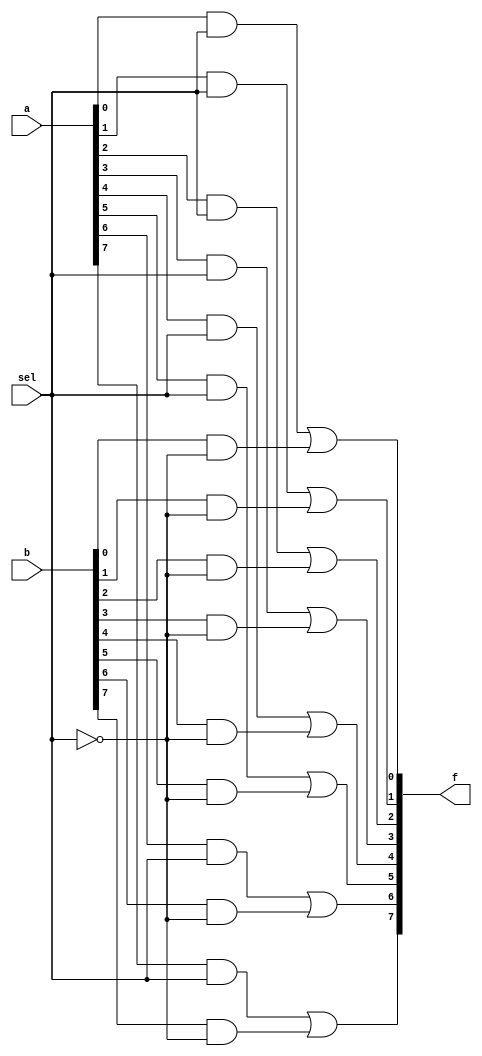
`timescale 1ns / 1ps
//////////////////////////////////////////////////////////////////////////////////
// Company: 
// Engineer: 
// 
// Design Name: 
// Module Name: Mux_8bits
// Project Name: 
// Target Devices: 
// Tool Versions: 
// Description: 
// 
// Dependencies: 
// 
// Revision:
// Revision 0.01 - File Created
// Additional Comments:
// 
//////////////////////////////////////////////////////////////////////////////////


module Mux_8bits (a, b, sel, f);
input [8-1:0] a, b;
input sel;
output [8-1:0] f;

wire b1[7:0], b2[7:0];

and(b1[0], a[0], sel);
and(b2[0], b[0], ~sel);
or(f[0], b1[0], b2[0]);

and(b1[1], a[1], sel);
and(b2[1], b[1], ~sel);
or(f[1], b1[1], b2[1]);

and(b1[2], a[2], sel);
and(b2[2], b[2], ~sel);
or(f[2], b1[2], b2[2]);

and(b1[3], a[3], sel);
and(b2[3], b[3], ~sel);
or(f[3], b1[3], b2[3]);

and(b1[4], a[4], sel);
and(b2[4], b[4], ~sel);
or(f[4], b1[4], b2[4]);

and(b1[5], a[5], sel);
and(b2[5], b[5], ~sel);
or(f[5], b1[5], b2[5]);

and(b1[6], a[6], sel);
and(b2[6], b[6], ~sel);
or(f[6], b1[6], b2[6]);

and(b1[7], a[7], sel);
and(b2[7], b[7], ~sel);
or(f[7], b1[7], b2[7]);

endmodule